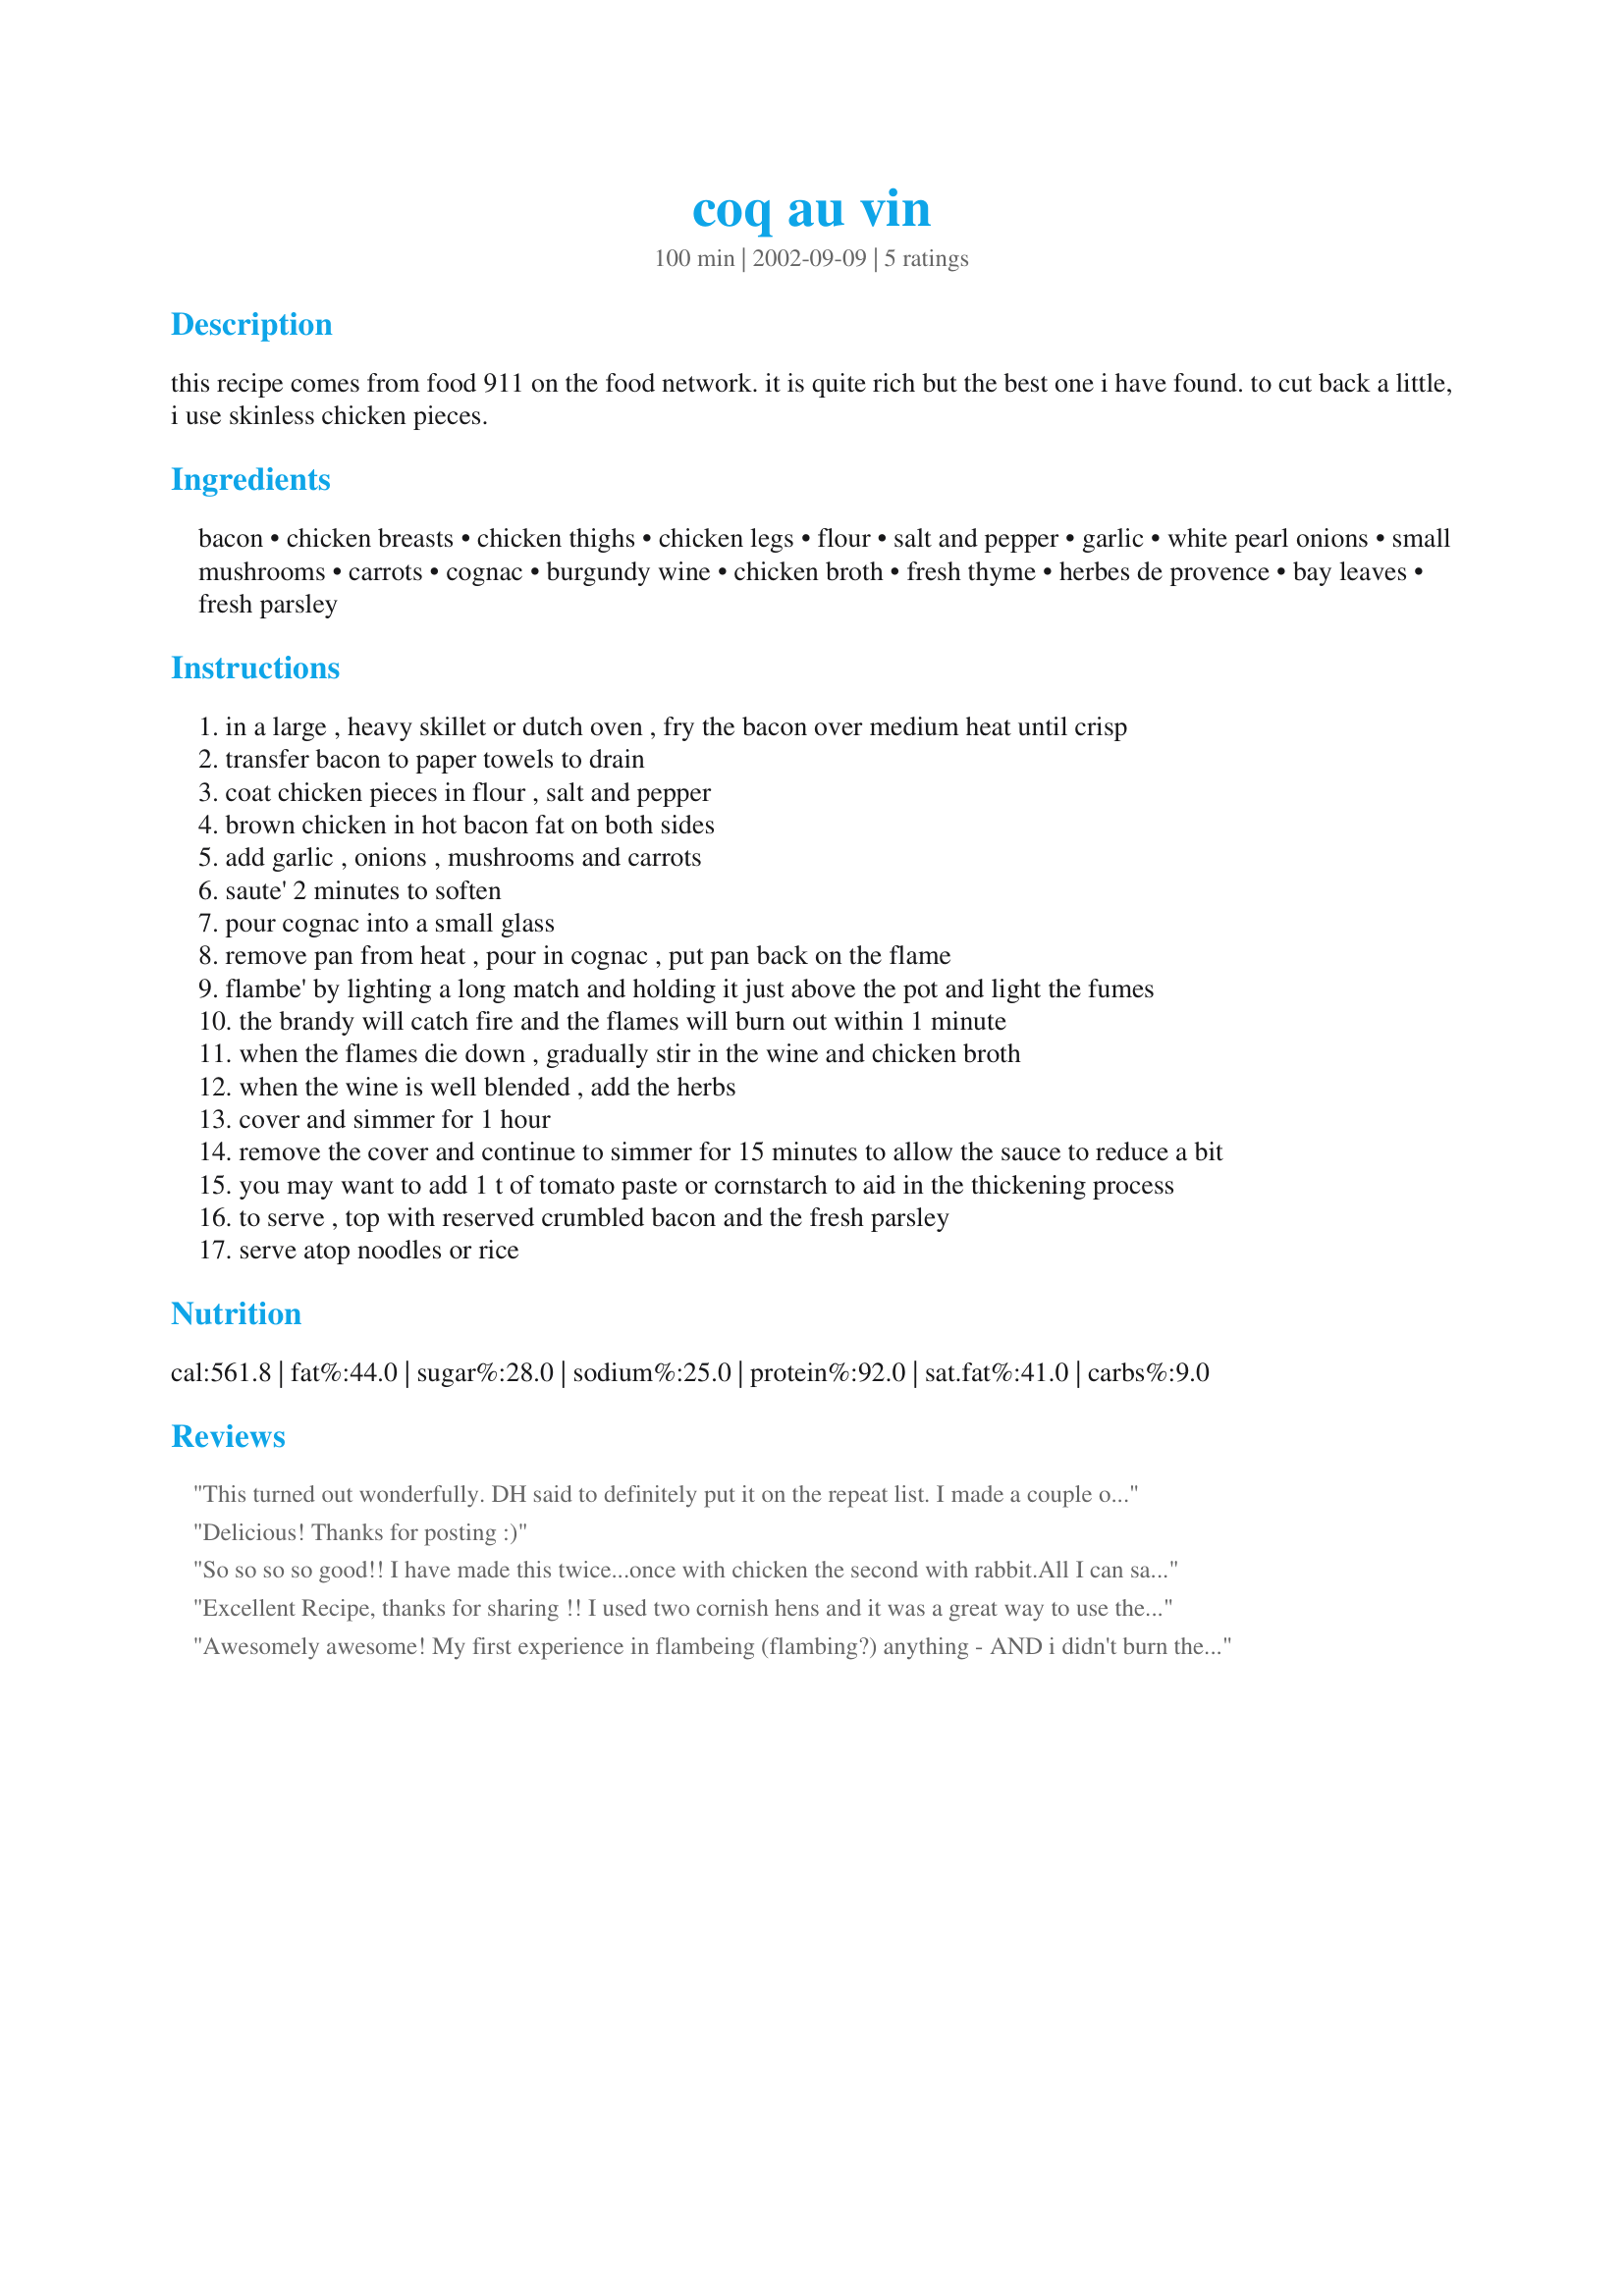
coq au vin
Preparation time: 100 minutes

this recipe comes from food 911 on the food network. it is quite rich but the best one i have found. to cut back a little, i use skinless chicken pieces.

Ingredients:
bacon, chicken breasts, chicken thighs, chicken legs, flour, salt and pepper, garlic, white pearl onions, small mushrooms, carrots, cognac, burgundy wine, chicken broth, fresh thyme, herbes de provence, bay leaves, fresh parsley

Steps:
in a large , heavy skillet or dutch oven , fry the bacon over medium heat until crisp
transfer bacon to paper towels to drain
coat chicken pieces in flour , salt and pepper
brown chicken in hot bacon fat on both sides
add garlic , onions , mushrooms and carrots
saute' 2 minutes to soften
pour cognac into a small glass
remove pan from heat , pour in cognac , put pan back on the flame
flambe' by lighting a long match and holding it just above the pot and light the fumes
the brandy will catch fire and the flames will burn out within 1 minute
when the flames die down , gradually stir in the wine and chicken broth
when the wine is well blended , add the herbs
cover and simmer for 1 hour
remove the cover and continue to simmer for 15 minutes to allow the sauce to reduce a bit
you may want to add 1 t of tomato paste or cornstarch to aid in the thickening process
to serve , top with reserved crumbled bacon and the fresh parsley
serve atop noodles or rice

Reviews:
This turned out wonderfully. DH said to definitely put it on the repeat list. I made a couple of minor changes based on what I had handy:
I used 1 whole 4.5 pound chicken cut in pieces (the meat absolutely fell of the bone). I had frozen pearl onions, so I just set them in water for a bit to thaw first. I used brandy to flambe. I did not use any thickener, just let it simmer a little longer uncovered. I served with mashed potatoes with celery root.
Update: I made this again and put it in the oven to simmer instead of the stovetop (350F for 1.5 hours). Thanks for the great recipe!
Delicious! Thanks for posting :)
So so so so good!! I have made this twice...once with chicken the second with rabbit.All I can say is...Thank you! Thank you for posting this.I love that this one has the addition of cognac/brandy.This is the best one I have tried yet and I love the fact that it is cooked via stovetop.No heating the whole kitchen as some of the other recipes require cooking in the oven.Mine cooks for an hour and a half to two hours for complete fall off the bone tenderness!Simply amazing!
Excellent Recipe, thanks for sharing !! I used two cornish hens and it was a great way to use them. My husband loved this meal.
Awesomely awesome! My first experience in flambeing (flambing?) anything - AND i didn't burn the house down! I served this with mashed red potatoes. The only things I did differently were to use regular yellow onions (grew them in the garden this year) and to simmer uncovered for about 1/2 hour instead of 15 mins to thicken a bit more. Amazing flavor. Thanks!
